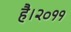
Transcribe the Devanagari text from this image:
है।२०११